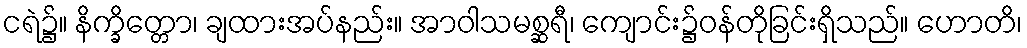
ငရဲ၌။ နိက္ခိတ္တော၊ ချထားအပ်နည်း။ အာဝါသမစ္ဆရီ၊ ကျောင်း၌ဝန်တိုခြင်းရှိသည်။ ဟောတိ၊